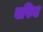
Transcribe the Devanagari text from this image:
बफिट